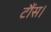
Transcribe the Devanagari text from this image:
टौंस।